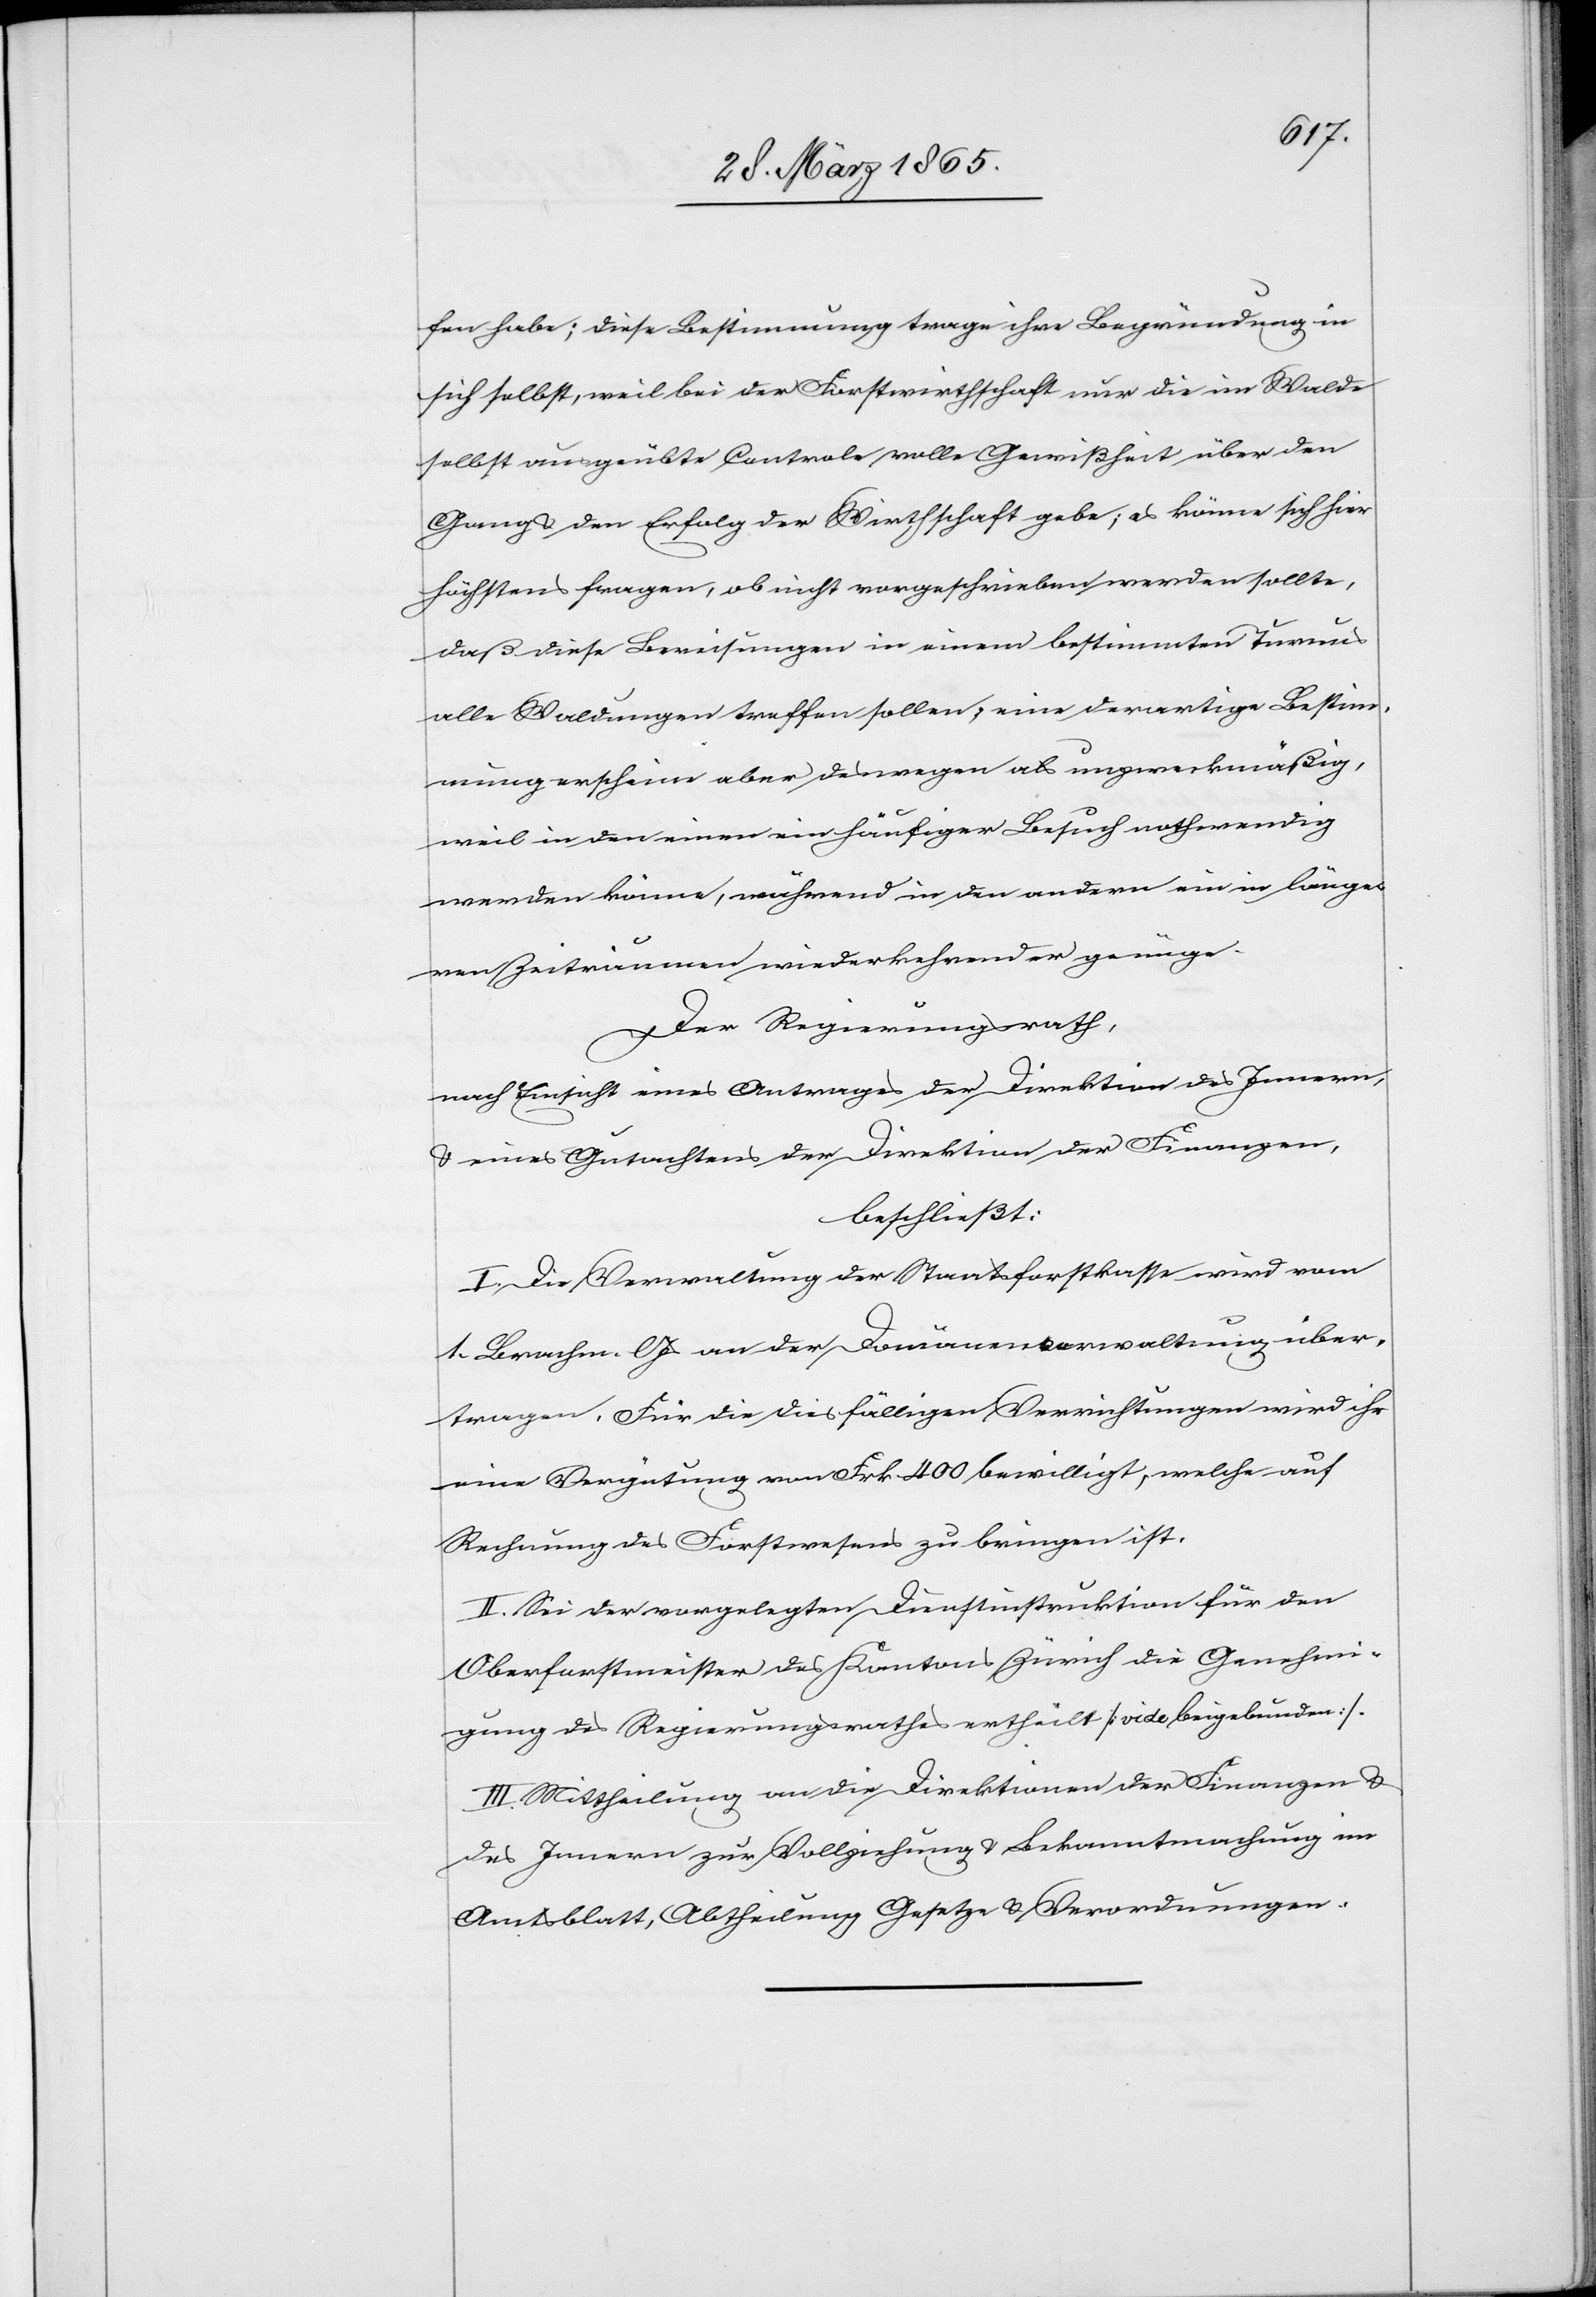
fen habe; diese Bestimmung trage ihre Begründung in
sich selbst, weil bei der Forstwirthschaft nur die im Walde
selbst ausgeübte Controle volle Gewißheit über den
Gang & den Erfolg der Wirthschaft gebe; es könne sich hier
höchstens fragen, ob nicht vorgeschrieben werden sollte,
daß diese Bereisungen in einem bestimmten Turnus
alle Waldungen treffen sollen; eine derartige Bestim¬
mung erscheine aber deswegen als unzweckmäßig,
weil in den einen ein häufiger Besuch nothwendig
werden könne, während in den andern ein in länge¬
ren Zeiträumen wiederkehrender genüge.
Der Regierungsrath,
nach Einsicht eines Antrages der Direktion des Innern,
& eines Gutachtens der Direktion der Finanzen,
beschließt:
I. Die Verwaltung der Staatsforstkasse wird vom
1. Brachm. l Js an der Domänenverwaltung über¬
tragen. Für die diesfälligen Verrichtungen wird ihr
eine Vergütung von Frk 400 bewilligt, welche auf
Rechnung des Forstwesens zu bringen ist.
II. Sei der vorgelegten Dienstinstruktion für den
Oberforstmeister des Kantons Zürich die Genehmi¬
gung des Regierungsrathes ertheilt [vide beigebunden]*.
III. Mittheilung an die Direktion der Finanzen &
des Innern zur Vollziehung & Bekanntmachung im
Amtsblatt, Abtheilung Gesetze & Verordnungen.